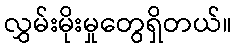
လွှမ်းမိုးမှုတွေရှိတယ်။